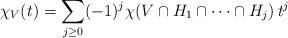
LaTeX: \begin{align*}\chi_V(t)= \sum_{j\ge 0} (-1)^j \chi(V\cap H_1\cap \cdots \cap H_j)\, t^j\end{align*}